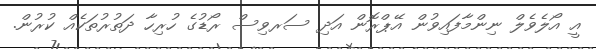
އީ އޯލެވެލް ނިންމާފައިވުން އޭޕްރޮން އަދި ސަރވިސް ރޯޑުގެ ހުރިހާ ދަތުރުތަކެއް ކުރުން.